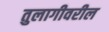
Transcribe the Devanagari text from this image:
तुलागीवरील